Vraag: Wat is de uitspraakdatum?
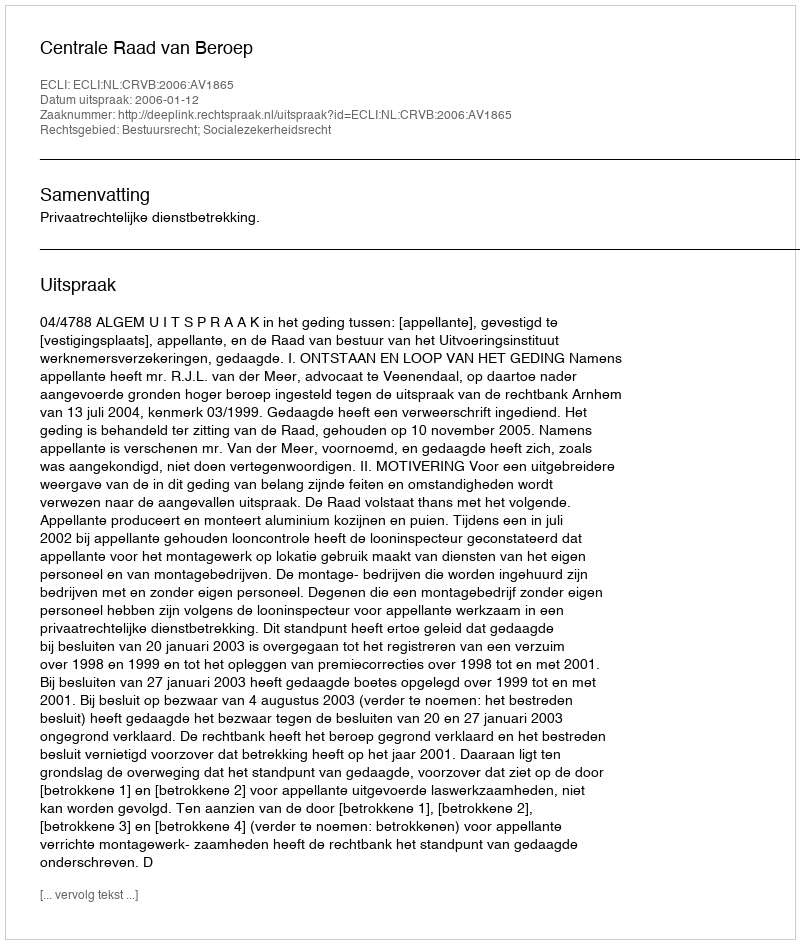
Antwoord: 2006-01-12